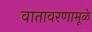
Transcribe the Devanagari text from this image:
वातावरणामूळे